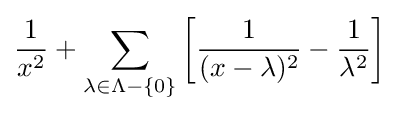
{\frac {1}{x^{2}}}+\sum _{\lambda \in \Lambda -\{0\}}\left[{\frac {1}{(x-\lambda )^{2}}}-{\frac {1}{\lambda ^{2}}}\right]